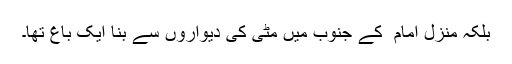
بلکہ منزل امام ؒ کے جنوب میں مٹی کی دیواروں سے بنا ایک باغ تھا۔